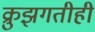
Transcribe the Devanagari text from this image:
क्रुझगतीही